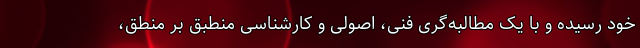
خود رسیده و با یک مطالبه‌گری فنی، اصولی و کارشناسی منطبق بر منطق،